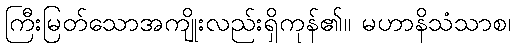
ကြီးမြတ်သောအကျိုးလည်းရှိကုန်၏။ မဟာနိသံသာစ၊